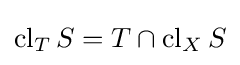
\operatorname {cl} _{T}S=T\cap \operatorname {cl} _{X}S